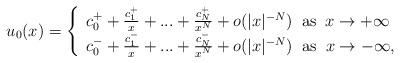
LaTeX: \begin{align*}u_0(x)=\left\{\begin{array}{l}c_0^++\frac{c_1^+}{x}+...+\frac{c_N^+}{x^N}+o(|x|^{-N})\;\;\mbox{as}\;\;x\to+\infty\\c_0^-+\frac{c_1^-}{x}+...+\frac{c_N^-}{x^N}+o(|x|^{-N})\;\;\mbox{as}\;\;x\to-\infty,\end{array}\right.\end{align*}